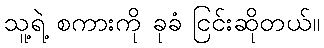
သူ့ရဲ့ စကားကို ခုခံ ငြင်းဆိုတယ်။